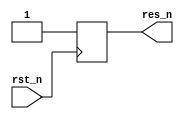
module initial_edge_n (res_n,
		       rst_n);
   output  res_n;
   input   rst_n;
   reg 	   res_n = 1'b0;
   always @(negedge rst_n) begin
      if (rst_n == 1'b0) begin
         res_n <= 1'b1;
      end
   end
endmodule